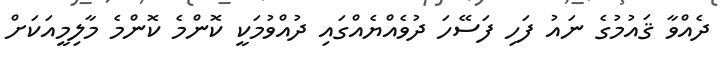
ދެއްވާ ޤައުމުގެ ނައު ފަހި ފަސޭހަ ދުވެއްޔެއްގައި ދުއްވުމަކީ ކޮންމެ ކޮންމެ މާލިމީއަކަށް